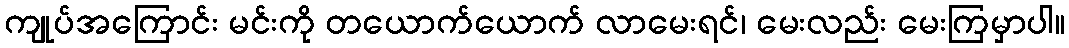
ကျုပ်အကြောင်း မင်းကို တယောက်ယောက် လာမေးရင်၊ မေးလည်း မေးကြမှာပါ။